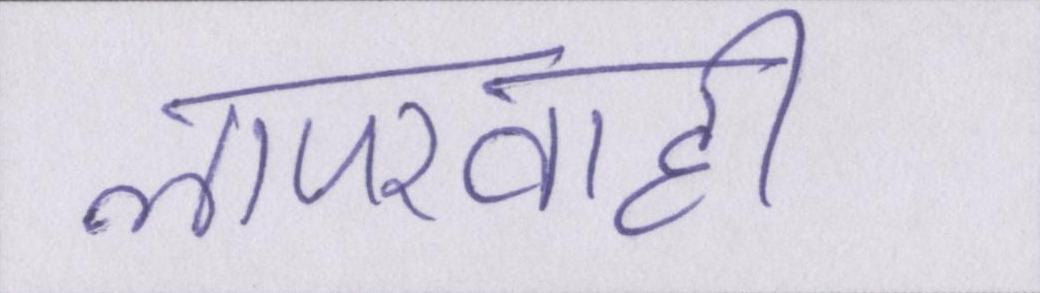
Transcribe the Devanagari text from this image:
लापरवाही